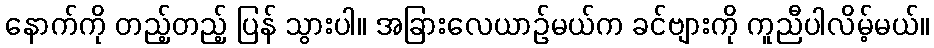
နောက်ကို တည့်တည့် ပြန် သွားပါ။ အခြားလေယာဉ်မယ်က ခင်ဗျားကို ကူညီပါလိမ့်မယ်။